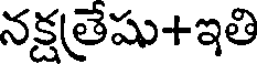
నక్షతేషు+ఇతి